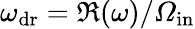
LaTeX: \omega_{\mathrm{dr}}=\Re(\omega)/{\mathit\Omega_{\mathrm{in}}}